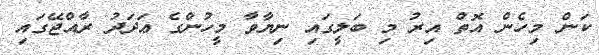
ކަން މިހެން އޮތް އިރު މި ބަލީގައި ނިޔާވާ މީހުންގެ ޢަދަދު ރާއްޖޭގައި